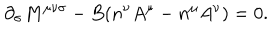
LaTeX: { \partial } _ { \sigma } M ^ { { \mu } { \nu } { \sigma } } - B ( n ^ { \nu } A ^ { \mu } - n ^ { \mu } A ^ { \nu } ) = 0 .